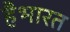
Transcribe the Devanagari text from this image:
हैभारत